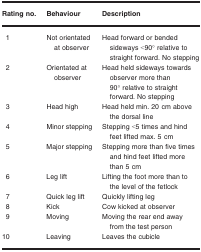
<table><thead><tr><td><b>Rating no.</b></td><td><b>Behaviour</b></td><td><b>Description</b></td></tr></thead><tbody><tr><td>1</td><td>Not orientated at observer</td><td>Head forward or bended sideways &lt;90° relative to straight forward. No stepping</td></tr><tr><td>2</td><td>Orientated at observer</td><td>Head held sideways towards observer more than 90° relative to straight forward. No stepping</td></tr><tr><td>3</td><td>Head high</td><td>Head held min. 20 cm above the dorsal line</td></tr><tr><td>4</td><td>Minor stepping</td><td>Stepping &lt;5 times and hind feet lifted max. 5 cm</td></tr><tr><td>5</td><td>Major stepping</td><td>Stepping more than five times and hind feet lifted more than 5 cm</td></tr><tr><td>6</td><td>Leg lift</td><td>Lifting the foot more than to the level of the fetlock</td></tr><tr><td>7</td><td>Quick leg lift</td><td>Quickly lifting leg</td></tr><tr><td>8</td><td>Kick</td><td>Cow kicked at observer</td></tr><tr><td>9</td><td>Moving</td><td>Moving the rear end away from the test person</td></tr><tr><td>10</td><td>Leaving</td><td>Leaves the cubicle</td></tr></tbody></table>